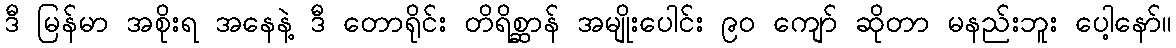
ဒီ မြန်မာ အစိုးရ အနေနဲ့ ဒီ တောရိုင်း တိရိစ္ဆာန် အမျိုးပေါင်း ၉၀ ကျော် ဆိုတာ မနည်းဘူး ပေါ့နော်။